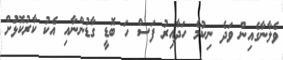
ވެލާނާގެއިން ވަދެ ނިކުމެ ހަދާއިރު ފަސް ހަ ބޮޑީ ގާޑުންނާއި އެކު ކާރުކޮޅުަށް